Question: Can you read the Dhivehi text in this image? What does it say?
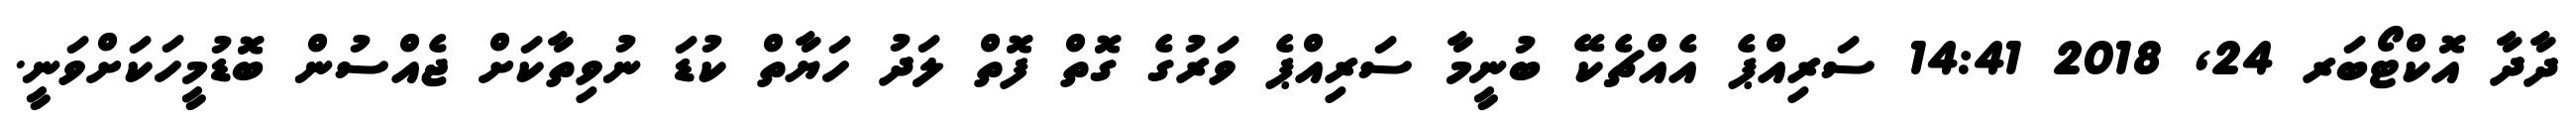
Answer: ދާދާ އޮކްޓޯބަރ 24, 2018 14:41 ސަރިއްޕެ އެއްޗެކޭ ބުނީމާ ސަރިއްޕެ ވަރުގެ ގޮތް ފޮތް ލަދު ހަޔާތް ކުޑަ ނުވިތާކަށް ޖެއްސުން ބޮޑުމީހަކަށްވަނީ.